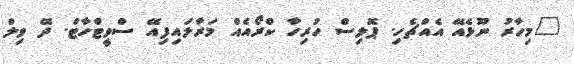
"މިހާރު ނޫޅެއޭ އެއްޗެހި. ޕޮލިސް ހުރިހާ ކްރޯއެއް މަރާލައިފިއޭ ސްވީޓްހާޓް. ދޭ ވިލް